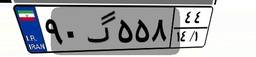
۹۰گ۵۵۸۴۴